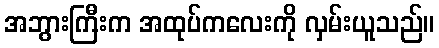
အဘွားကြီးက အထုပ်ကလေးကို လှမ်းယူသည်။